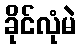
ခိုင်လုံမဲ